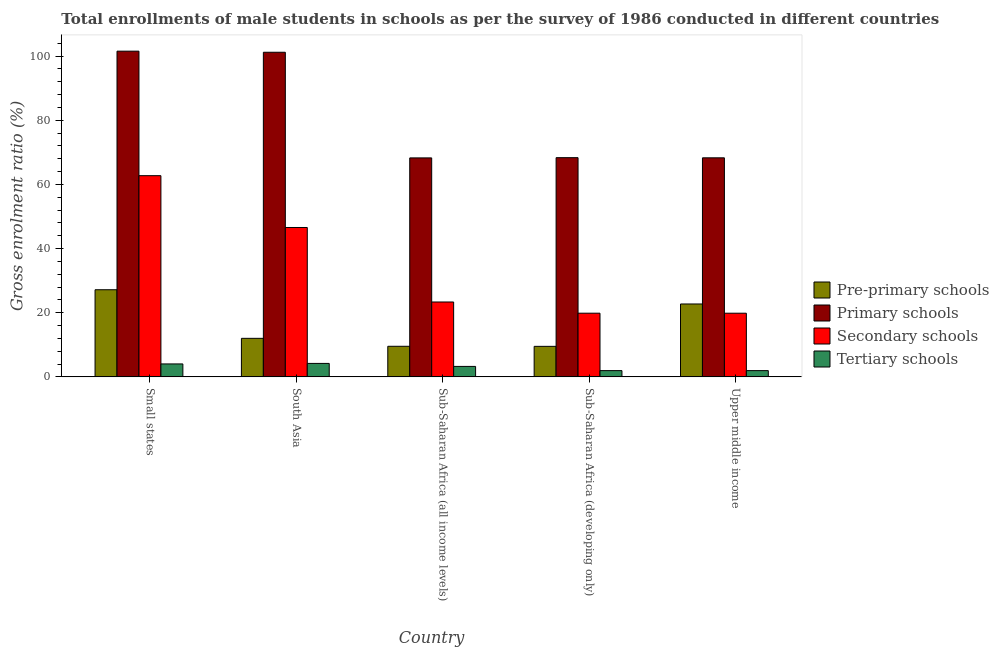
| Country | Pre-primary schools | Primary schools | Secondary schools | Tertiary schools |
 | --- | --- | --- | --- | --- |
 | Small states | 27.2 | 102 | 62.7 | 4.03 |
 | South Asia | 12 | 101 | 46.6 | 4.19 |
 | Sub-Saharan Africa (all income levels) | 9.53 | 68.3 | 23.3 | 3.26 |
 | Sub-Saharan Africa (developing only) | 9.52 | 68.3 | 19.9 | 1.95 |
 | Upper middle income | 22.7 | 68.3 | 19.8 | 1.95 |